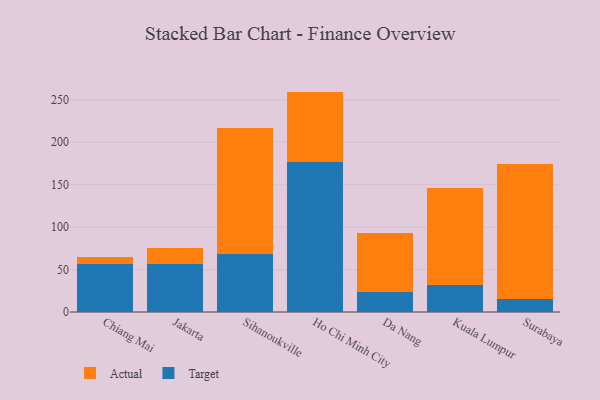
{"axis": {"x": "City", "y": "Operating Costs (USD K)"}, "legend": ["Actual", "Target"], "data": [{"x": "Chiang Mai", "y": 56.8, "type": "Target"}, {"x": "Chiang Mai", "y": 7.6, "type": "Actual"}, {"x": "Jakarta", "y": 56.3, "type": "Target"}, {"x": "Jakarta", "y": 19.4, "type": "Actual"}, {"x": "Sihanoukville", "y": 67.8, "type": "Target"}, {"x": "Sihanoukville", "y": 148.6, "type": "Actual"}, {"x": "Ho Chi Minh City", "y": 176.1, "type": "Target"}, {"x": "Ho Chi Minh City", "y": 83.5, "type": "Actual"}, {"x": "Da Nang", "y": 23.9, "type": "Target"}, {"x": "Da Nang", "y": 69.2, "type": "Actual"}, {"x": "Kuala Lumpur", "y": 31.6, "type": "Target"}, {"x": "Kuala Lumpur", "y": 114.9, "type": "Actual"}, {"x": "Surabaya", "y": 15.1, "type": "Target"}, {"x": "Surabaya", "y": 159.7, "type": "Actual"}]}